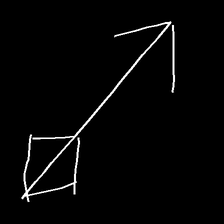
Glyph: focus